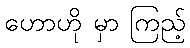
ဟောဟို မှာ ကြည့်